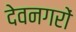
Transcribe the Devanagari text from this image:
देवनगरों